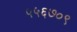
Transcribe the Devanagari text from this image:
५५६७०९